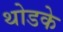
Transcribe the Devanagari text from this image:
थोडके